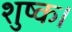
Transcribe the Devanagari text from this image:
शुष्क।